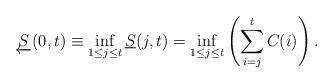
LaTeX: \begin{align*} \underleftarrow{S}(0,t) \equiv \inf_{1\le j\le t} \underline{S}(j,t) = \inf_{{1}\le{j}\le{t}}\left(\sum\limits_{i=j}\limits^{t}{C(i)}\right).\end{align*}